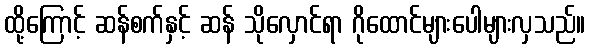
ထို့ကြောင့် ဆန်စက်နှင့် ဆန် သိုလှောင်ရာ ဂိုထောင်များပေါများလှသည်။